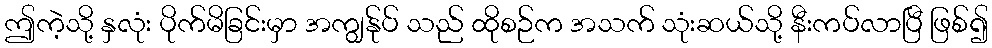
ဤကဲ့သို့ နှလုံး ပိုက်မိခြင်းမှာ အကျွန်ုပ် သည် ထိုစဉ်က အသက် သုံးဆယ်သို့ နီးကပ်လာပြီ ဖြစ်၍